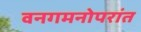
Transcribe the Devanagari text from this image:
वनगमनोपरांत